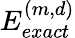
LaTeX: E_{exact}^{(m,d)}